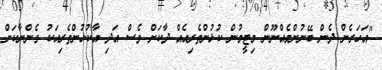
"އަހަރެން ދެން ބޭނުންމެއްނޫން މިޓީމުން ކުޅުންތެރިއެއް ދާކަށް ވެސް އަދި އާކުޅުންތެރިއަކު ގެންނާކަށް